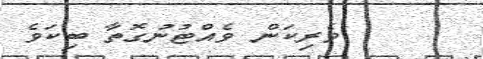
ވެރިކަން ވެއްޓުނުގޮތާ ބިކަވެ